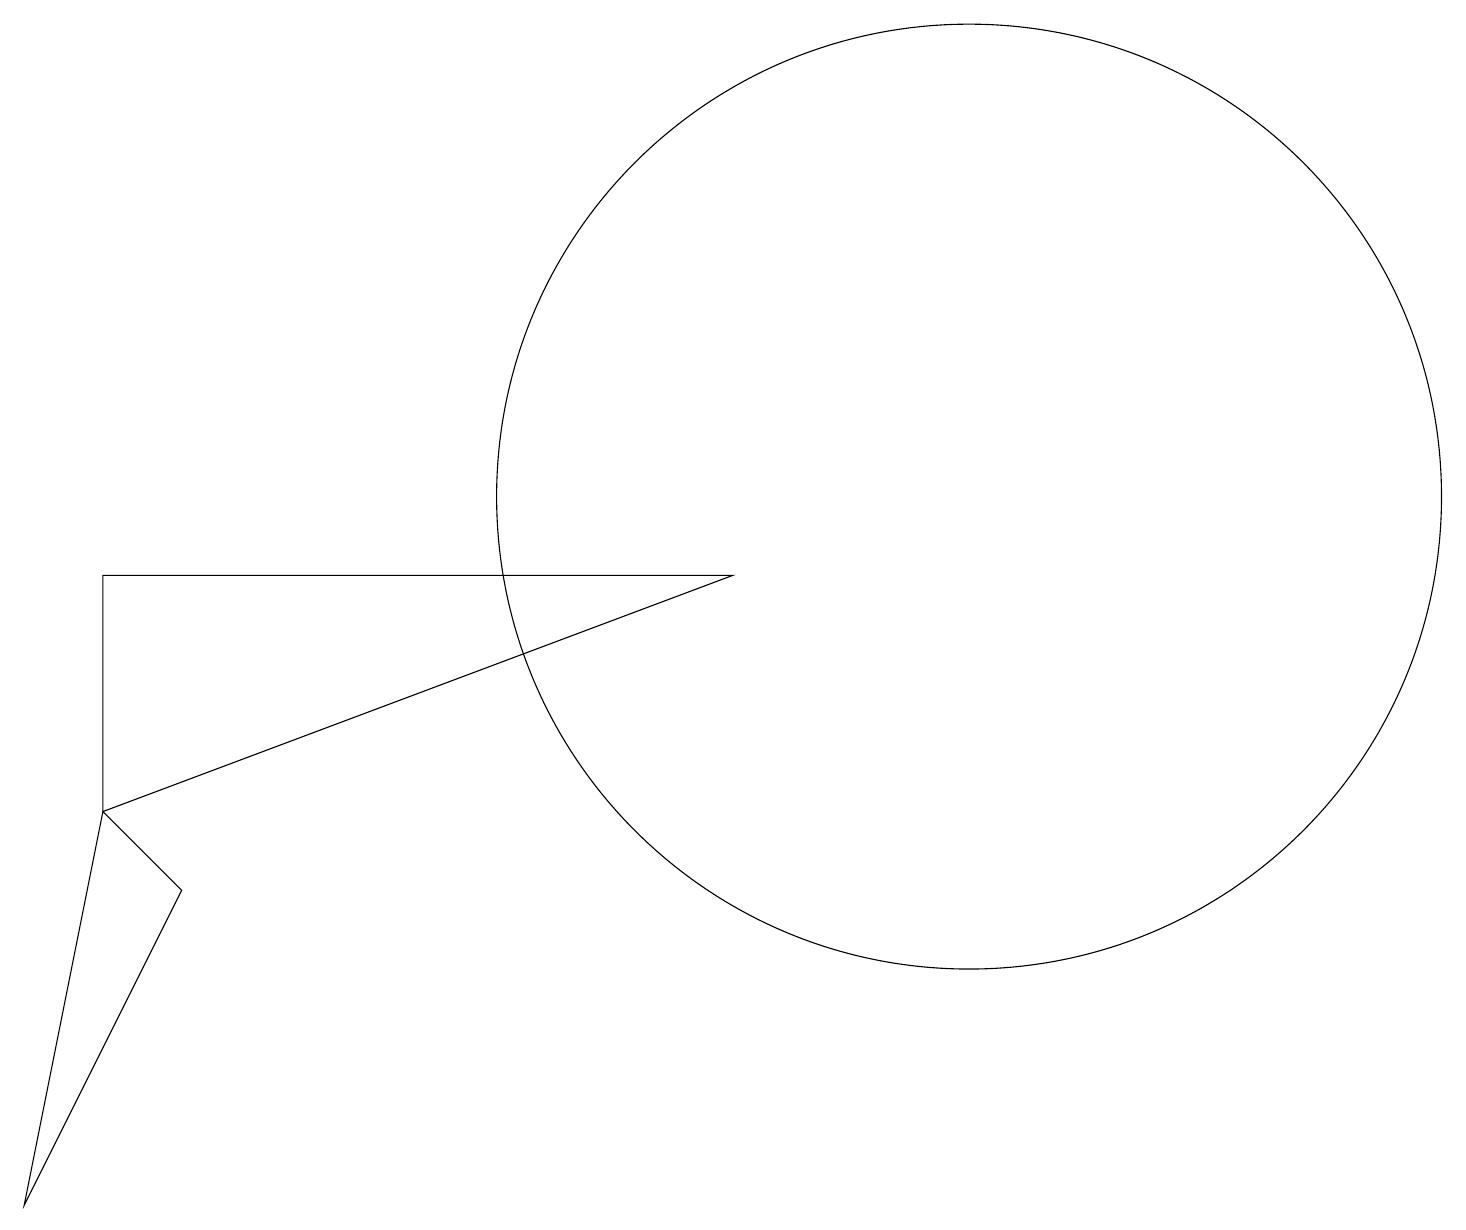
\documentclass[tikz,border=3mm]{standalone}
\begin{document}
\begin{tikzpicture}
\draw (1,6) -- (9,9) -- (1,9) -- cycle;
\draw (0,1) -- (2,5) -- (1,6) -- cycle;
\draw (12,10) circle (6);
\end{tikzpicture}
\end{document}